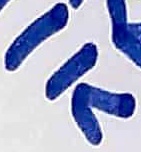
Text: 1K